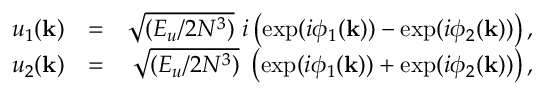
\begin{array} { r l r } { u _ { 1 } ( \mathbf { k } ) } & { = } & { \sqrt { ( E _ { u } / 2 N ^ { 3 } ) } \ i \left( \exp ( i \phi _ { 1 } ( \mathbf { k } ) ) - \exp ( i \phi _ { 2 } ( \mathbf { k } ) ) \right) , } \\ { u _ { 2 } ( \mathbf { k } ) } & { = } & { \sqrt { ( E _ { u } / 2 N ^ { 3 } ) } \ \left( \exp ( i \phi _ { 1 } ( \mathbf { k } ) ) + \exp ( i \phi _ { 2 } ( \mathbf { k } ) ) \right) , } \end{array}